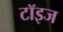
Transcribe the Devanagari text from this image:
टॉइज